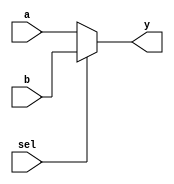
module mux2 #(parameter WIDTH = 8) (
        input  wire             sel,
        input  wire [WIDTH-1:0] a,
        input  wire [WIDTH-1:0] b, 
        output wire [WIDTH-1:0] y
    );

    assign y = (sel) ? b : a;

endmodule